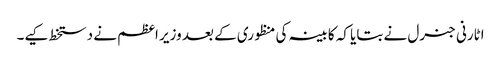
اٹارنی جنرل نے بتایا کہ کابینہ کی منظوری کے بعد وزیر اعظم نے دستخط کیے۔